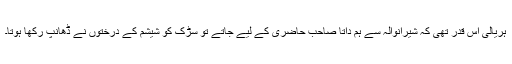
ہریالی اس قدر تھی کہ شیرانوالہ سے ہم داتا صاحبؒ حاضری کے لیے جاتے تو سڑک کو شیشم کے درختوں نے ڈھانپ رکھا ہوتا۔